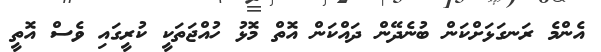
އެންމެ ރަނގަޅަށްކަން ބުނެދޭން ދައްކަން އޮތް މޮޅު ހުއްޖަތަކީ ކުރީގައި ވެސް އޮތީ